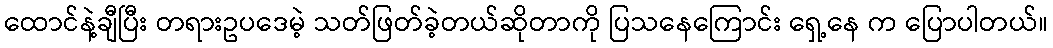
ထောင်နဲ့ချီပြီး တရားဥပဒေမဲ့ သတ်ဖြတ်ခဲ့တယ်ဆိုတာကို ပြသနေကြောင်း ရှေ့နေ က ပြောပါတယ်။